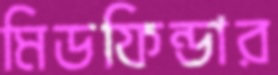
মিডফিন্ডার